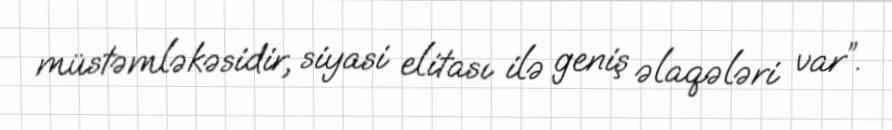
müstəmləkəsidir, siyasi elitası ilə geniş əlaqələri var”.